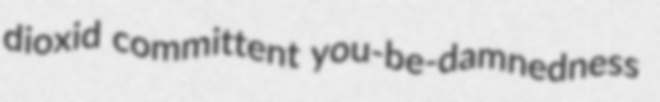
dioxid committent you-be-damnedness